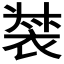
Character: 𧚛